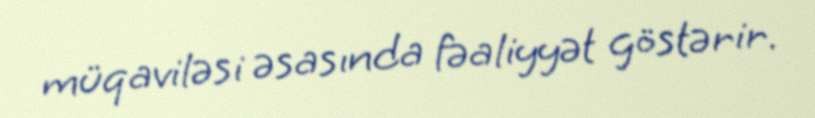
müqaviləsi əsasında fəaliyyət göstərir.